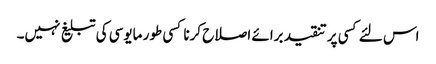
اس لئے کسی پر تنقید برائے اصلاح کرنا کسی طور مایوسی کی تبلیغ نہیں۔